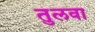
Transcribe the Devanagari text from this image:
तुलवा